Document type: bank_statement
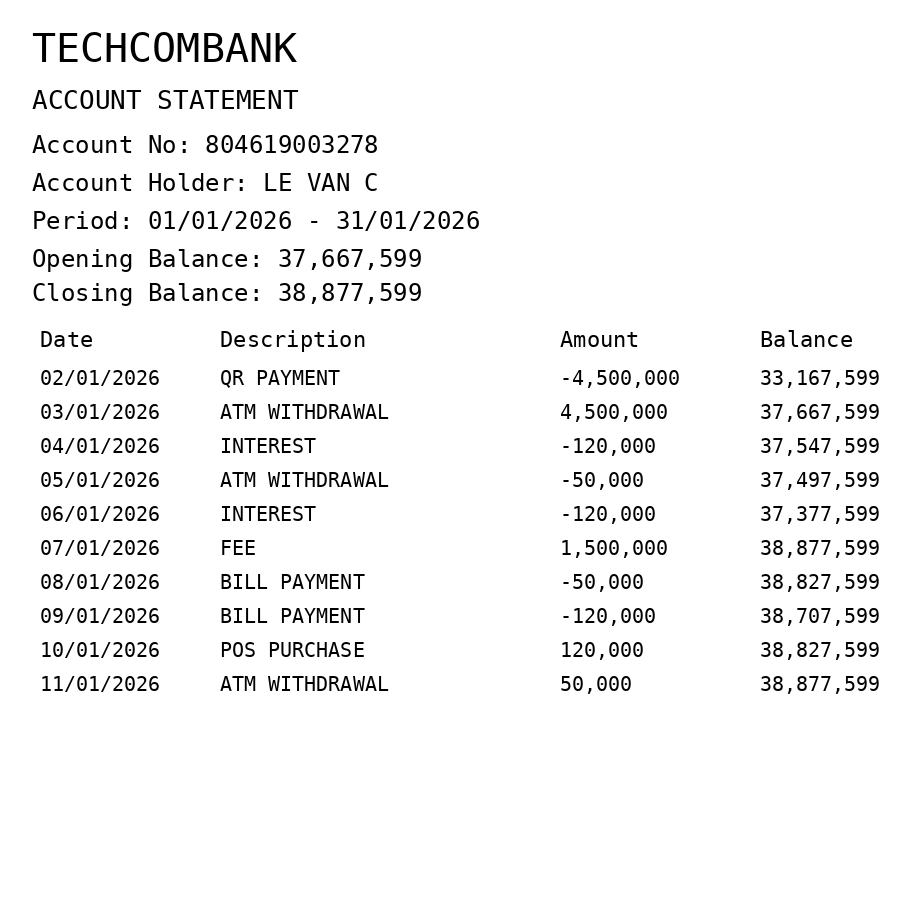
OCR transcript:
TECHCOMBANK
ACCOUNT STATEMENT
Account No: 804619003278
Account Holder: LE VAN C
Period: 01/01/2026 - 31/01/2026
Opening Balance: 37,667,599
Closing Balance: 38,877,599
Date
Description
Amount
Balance
02/01/2026
QR PAYMENT
-4,500,000
33,167,599
03/01/2026
ATM WITHDRAWAL
4,500,000
37,667,599
04/01/2026
INTEREST
-120,000
37,547,599
05/01/2026
ATM WITHDRAWAL
-50,000
37,497,599
06/01/2026
INTEREST
-120,000
37,377,599
07/01/2026
FEE
1,500,000
38,877,599
08/01/2026
BILL PAYMENT
-50,000
38,827,599
09/01/2026
BILL PAYMENT
-120,000
38,707,599
10/01/2026
POS PURCHASE
120,000
38,827,599
11/01/2026
ATM WITHDRAWAL
50,000
38,877,599
Extracted fields:
bank_name: techcombank
account_number: 804619003278
account_holder: le van c
statement_period: 01/01/2026 - 31/01/2026
opening_balance: 37667599
closing_balance: 38877599
transactions: date: 2026-01-02
description: qr payment
amount: -4500000
balance: 33167599
date: 2026-01-03
description: atm withdrawal
amount: 4500000
balance: 37667599
date: 2026-01-04
description: interest
amount: -120000
balance: 37547599
date: 2026-01-05
description: atm withdrawal
amount: -50000
balance: 37497599
date: 2026-01-06
description: interest
amount: -120000
balance: 37377599
date: 2026-01-07
description: fee
amount: 1500000
balance: 38877599
date: 2026-01-08
description: bill payment
amount: -50000
balance: 38827599
date: 2026-01-09
description: bill payment
amount: -120000
balance: 38707599
date: 2026-01-10
description: pos purchase
amount: 120000
balance: 38827599
date: 2026-01-11
description: atm withdrawal
amount: 50000
balance: 38877599